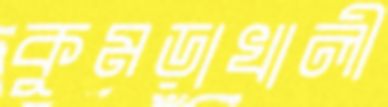
কুমড়াখালী